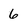
Character: 6